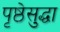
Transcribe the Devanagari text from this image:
पृष्ठेसुद्धा